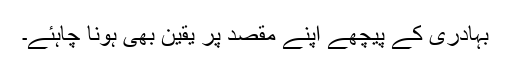
بہادری کے پیچھے اپنے مقصد پر یقین بھی ہونا چاہئے۔